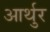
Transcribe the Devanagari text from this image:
आर्थुर